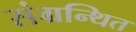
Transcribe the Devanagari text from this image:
संग्रन्थित